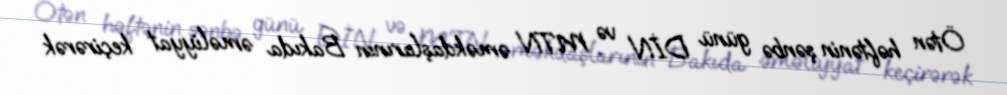
Ötən həftənin şənbə günü DİN və MTN əməkdaşlarının Bakıda əməliyyat keçirərək